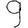
Digit: 9